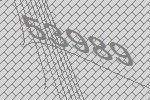
53989